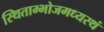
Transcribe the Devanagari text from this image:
स्थिताम्भोजमध्यस्थं